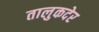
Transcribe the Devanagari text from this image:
तालुकदेर